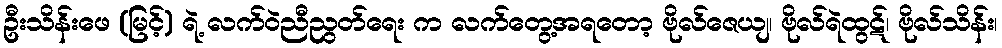
ဦးသိန်းဖေ (မြင့်) ရဲ့ လက်ဝဲညီညွတ်ရေး က လက်တွေ့အရတော့ ဗိုလ်ဇေယျ၊ ဗိုလ်ရဲထွဋ်၊ ဗိုလ်သိန်း၊